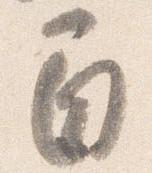
間